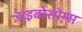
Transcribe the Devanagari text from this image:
राइबोसोम्स